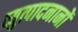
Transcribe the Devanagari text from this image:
व्युत्पादनानों